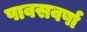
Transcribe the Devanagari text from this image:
पावसवर्षा